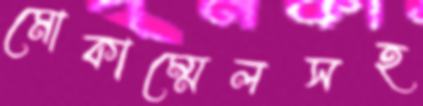
মোকাম্মেলসহ